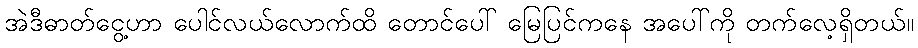
အဲဒီဓာတ်ငွေ့ဟာ ပေါင်လယ်လောက်ထိ တောင်ပေါ် မြေပြင်ကနေ အပေါ်ကို တက်လေ့ရှိတယ်။